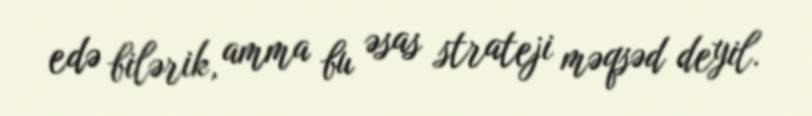
edə bilərik, amma bu əsas strateji məqsəd deyil.